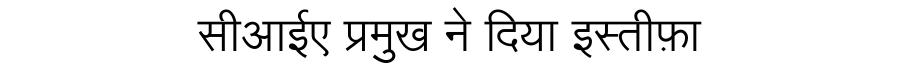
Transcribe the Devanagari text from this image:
सीआईए प्रमुख ने दिया इस्तीफ़ा